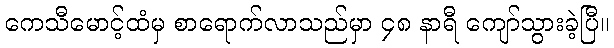
ကေသီမောင့်ထံမှ စာရောက်လာသည်မှာ ၄၈ နာရီ ကျော်သွားခဲ့ပြီ။